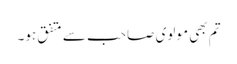
تم بھی مولوی صاحب سے متفق ہو۔